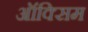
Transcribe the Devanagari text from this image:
ऑक्सिम